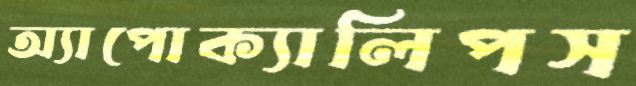
অ্যাপোক্যালিপস